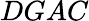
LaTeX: DGAC